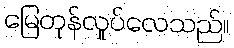
မြေတုန်လှုပ်လေသည်။